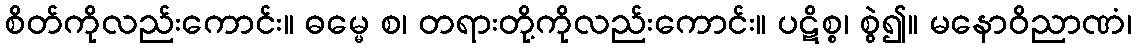
စိတ်ကိုလည်းကောင်း။ ဓမ္မေ စ၊ တရားတို့ကိုလည်းကောင်း။ ပဋိစ္စ၊ စွဲ၍။ မနောဝိညာဏံ၊